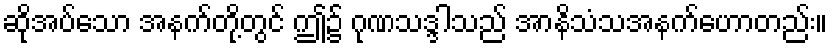
ဆိုအပ်သော အနက်တို့တွင် ဤ၌ ဂုဏသဒ္ဒါသည် အာနိသံသအနက်ဟောတည်း။